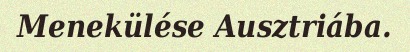
Menekülése Ausztriába.